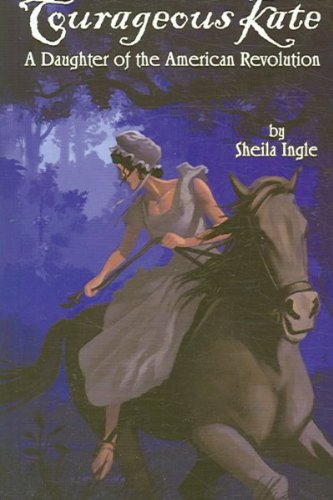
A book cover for Courageous Kate: A Daughter of the American Revolution; Sheila Ingle; Teen & Young Adult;